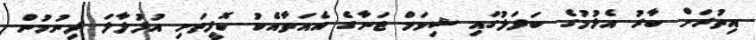
އިތުރަށް ބާރު އެޅުމުގެ ބަދަލުގައި ޝިވަމް ޖަނާގެ އެއަތާއެކު ކޮފީތަށި އުފުލާލަ ދިނުމުން